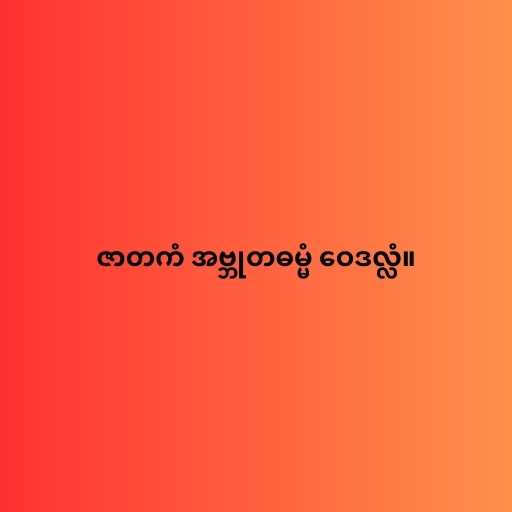
ဇာတကံ အဗ္ဘုတဓမ္မံ ဝေဒလ္လံ။